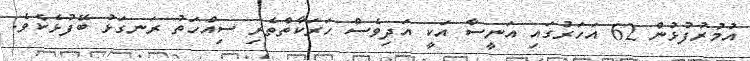
އުމުރުފުޅުން 62 އަހަރުގައި އަނީސާ އަކީ އަދިވެސް ހަރަކާތްތެރި ސިއްހަތު ރަނގަޅު ބޭފުޅެކެވެ.